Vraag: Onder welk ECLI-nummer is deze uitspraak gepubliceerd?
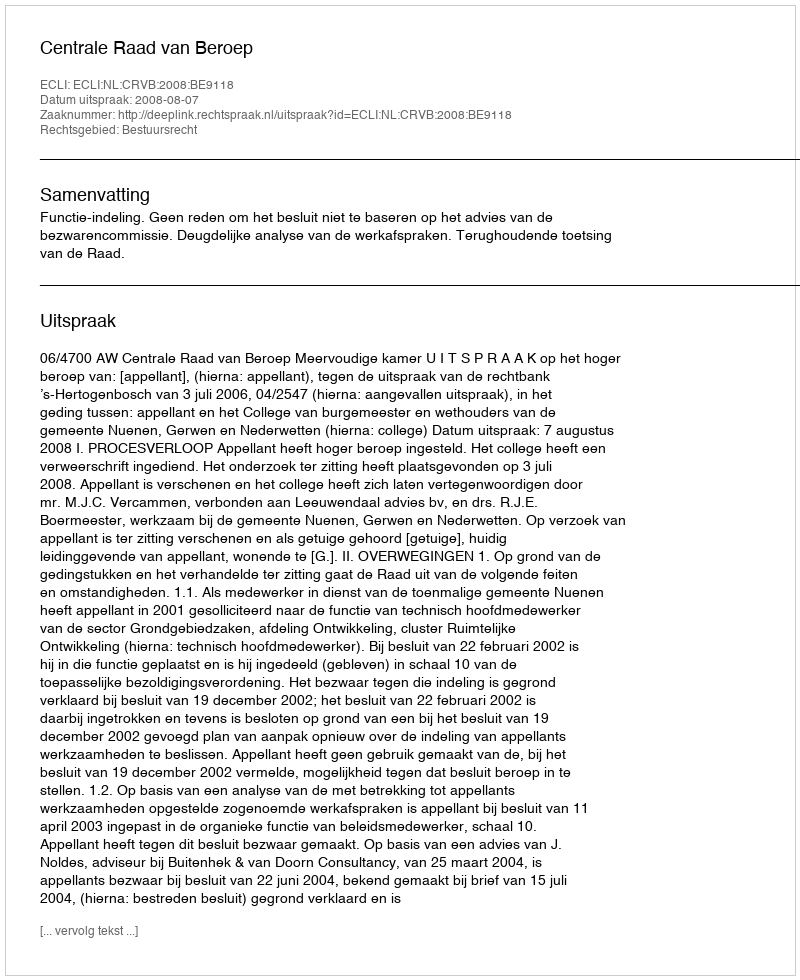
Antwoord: ECLI:NL:CRVB:2008:BE9118